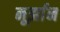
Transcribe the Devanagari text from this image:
नूर्झान